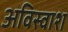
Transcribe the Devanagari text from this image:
अविस्वाश